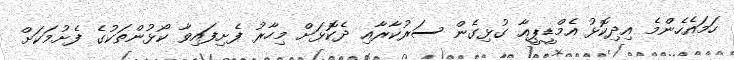
ހަމައެހެންމެ އިދިކޮޅު އެމްޑީޕީއާ ގުޅިގެން ސަރުކާރާއި ދެކޮޅަށް މިހާރު ފެށިފައިވާ ކޯޅުންތަކުގެ ފެށުމަކަށް